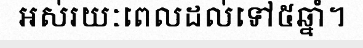
អស់រយៈពេលដល់ទៅ៥ឆ្នាំ។